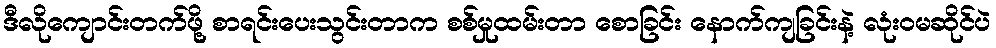
ဒီလိုကျောင်းတက်ဖို့ စာရင်းပေးသွင်းတာက စစ်မှုထမ်းတာ စောခြင်း နောက်ကျခြင်းနဲ့ လုံးဝမဆိုင်ပဲ